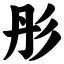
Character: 彤